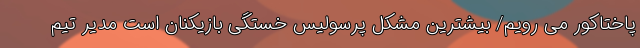
پاختاکور می رویم/ بیشترین مشکل پرسولیس خستگی بازیکنان است مدیر تیم